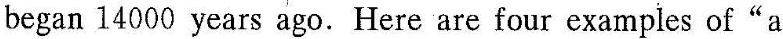
began 14000 years ugo. Here are four examples oi"a